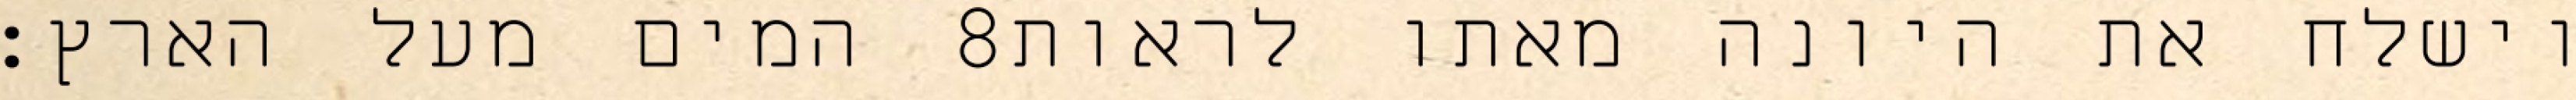
המים מעל הארץ׃ ‎8‏ וישלח את היונה מאתו לראות